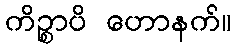
ကိဉ္စာပိ ဟောနက်။